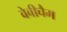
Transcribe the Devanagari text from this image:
बेबीचैम